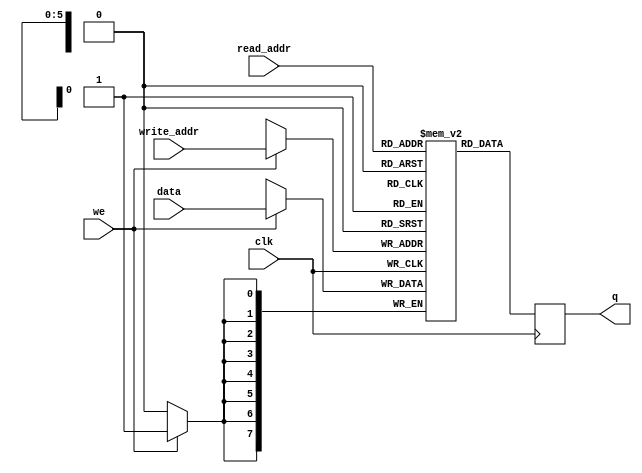
module simple_dual_port_ram #(parameter DATA_WIDTH=8, parameter ADDR_WIDTH=6)(
	input [(DATA_WIDTH-1):0] data,
	input [(ADDR_WIDTH-1):0] read_addr, write_addr,
	input we, clk,
	output reg [(DATA_WIDTH-1):0] q
);

reg [DATA_WIDTH-1:0] ram[2**ADDR_WIDTH-1:0];

always @ (posedge clk)
begin
	if (we)
		ram[write_addr] <= data;
	q <= ram[read_addr];
end

endmodule